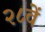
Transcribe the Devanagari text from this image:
२८वें